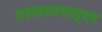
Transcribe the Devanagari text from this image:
लहानपणपासूनच